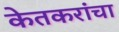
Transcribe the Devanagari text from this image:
केतकरांचा